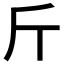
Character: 斤